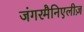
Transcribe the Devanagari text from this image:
जंगरमैनिएलीज़